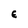
Character: E